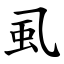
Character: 虱